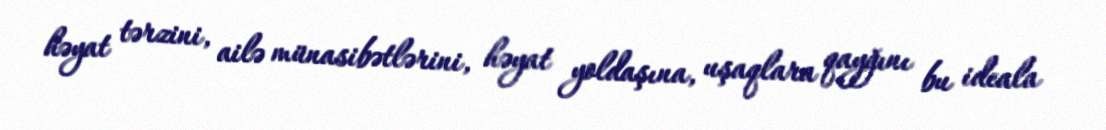
həyat tərzini, ailə münasibətlərini, həyat yoldaşına, uşaqlara qayğını bu ideala